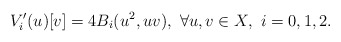
\begin{align*}V'_i(u)[v] = 4B_i(u^2, uv), \ \forall u, v \in X,\ i=0, 1, 2.\end{align*}